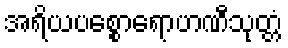
အရိယပစ္စောရောဟဏီသုတ္တံ